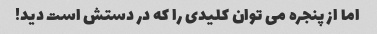
اما از پنجره می توان کلیدی را که در دستش است دید!